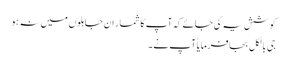
کوشش یہ کی جائے کہ آپ کا شمار ان جاہلوں میں نہ ہو
جی بالکل بجا فرمایا ٰآپ نے ۔